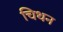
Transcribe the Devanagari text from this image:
चिथन